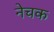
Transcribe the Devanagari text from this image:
नेचक